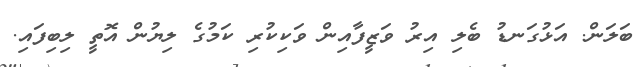
ބަލަން. އަޅުގަނޑު ބެލި އިރު ވަޒީފާއިން ވަކިކުރި ކަމުގެ ލިޔުން އޮތީ ލިބިފައި.